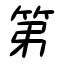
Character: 第